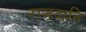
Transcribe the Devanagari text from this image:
राजदानि